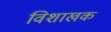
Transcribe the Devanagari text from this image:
विशाखक